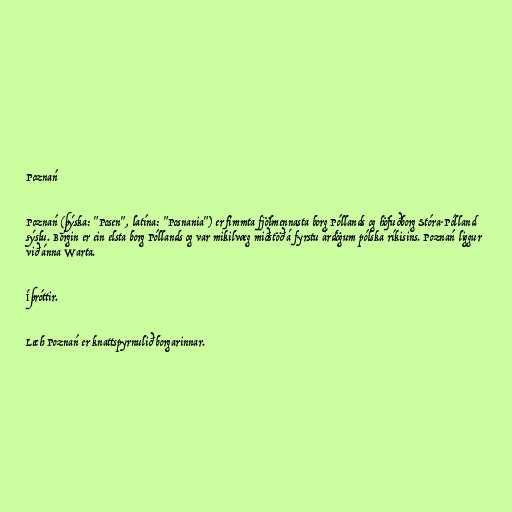
Poznań

Poznań (þýska: "Posen", latína: "Posnania") er fimmta fjölmennasta borg Póllands og höfuðborg Stóra-Pólland
sýslu. Borgin er ein elsta borg Póllands og var mikilvæg miðstöð á fyrstu árdögum pólska ríkisins. Poznań liggur
við ánna Warta.

Íþróttir.

Lech Poznań er knattspyrnulið borgarinnar.